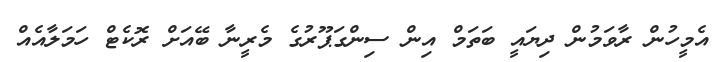
އެމީހުން ރާވަމުން ދިޔައީ ބަތަމް އިން ސިންގަޕޫރުގެ މެރީނާ ބޭއަށް ރޮކެޓް ހަމަލާއެއް